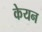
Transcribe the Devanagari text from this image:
केयन